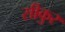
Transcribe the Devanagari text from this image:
सीकुर